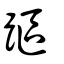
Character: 𨄅